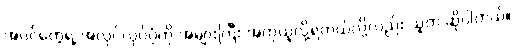
အပင်တွေရဲ့ အလုပ်လုပ်ပုံကို အများကြီး အတုယူလို့ရတယ်လို့လည်း သူက ဆိုပါတယ်။